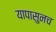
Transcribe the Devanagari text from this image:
यापासुनच